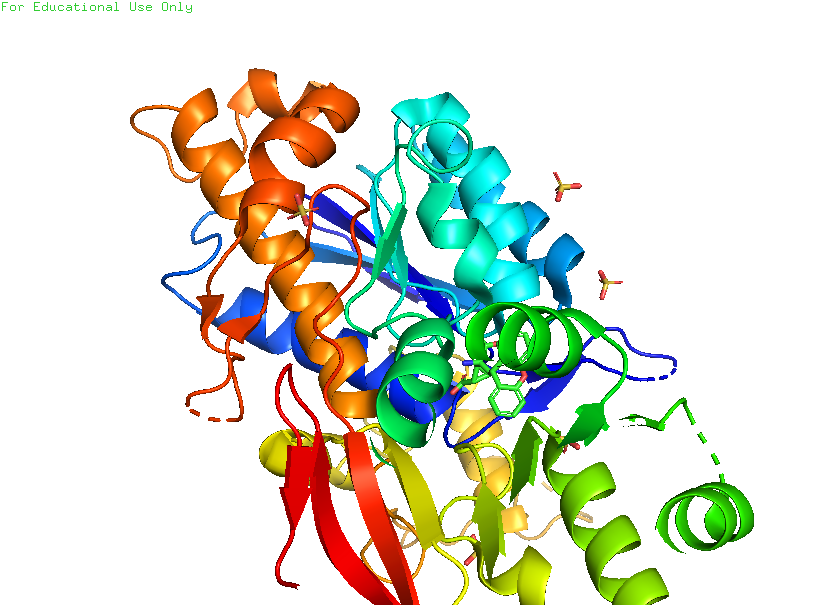
pymol, preset, pretty